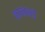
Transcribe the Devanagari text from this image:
काकाकडे